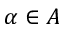
\alpha \in A